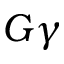
G \gamma